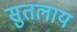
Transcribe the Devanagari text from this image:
सुतलाय